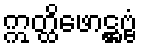
ဣတ္ထိဖောဋ္ဌဗ္ဗံ